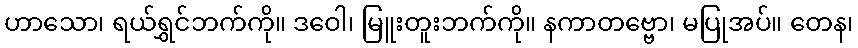
ဟာသော၊ ရယ်ရွှင်ဘက်ကို။ ဒဝေါ၊ မြူးတူးဘက်ကို။ နကာတဗ္ဗော၊ မပြုအပ်။ တေန၊